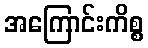
အကြောင်းကိစ္စ